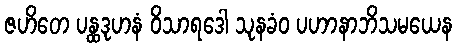
ဇဟိတေ ပန္ထဒုဟနံ ဝိသာရဒေါ သုနခံဝ ပဟာနာဘိသမယေန